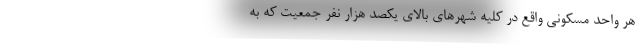
هر واحد مسکونی واقع در کلیه شهرهای بالای یکصد هزار نفر جمعیت که به